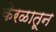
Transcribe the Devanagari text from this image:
केरळातून